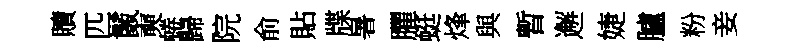
贖匹鬛奭蜷歸院俞貼牒暑臞蜓烽與暫邂婕臚粉妾